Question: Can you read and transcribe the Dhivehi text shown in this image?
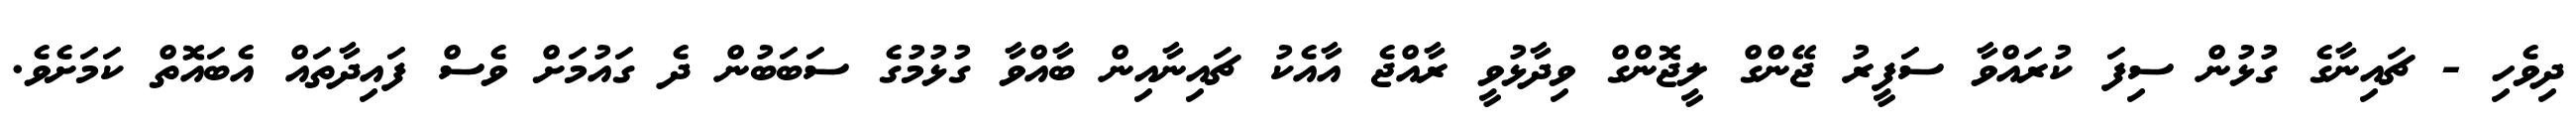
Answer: ދިވެހި - ޗައިނާގެ ގުޅުން ސިފަ ކުރައްވާ ސަފީރު ޖޭންގް ލީޖޮންގް ވިދާޅުވީ ރާއްޖެ އާއެކު ޗައިނާއިން ބާއްވާ ގުޅުމުގެ ސަބަބުން ދެ ގައުމަށް ވެސް ފައިދާތައް އެބައޮތް ކަމަށެވެ.